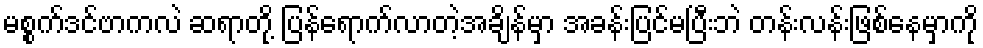
မစ္စက်ဒင်ဗာကလဲ ဆရာတို့ ပြန်ရောက်လာတဲ့အချိန်မှာ အခန်းပြင်မပြီးဘဲ တန်းလန်းဖြစ်နေမှာကို